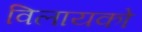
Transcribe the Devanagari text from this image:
विलायको